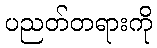
ပညတ်တရားကို